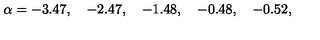
\alpha = - 3 . 4 7 , \quad - 2 . 4 7 , \quad - 1 . 4 8 , \quad - 0 . 4 8 , \quad - 0 . 5 2 ,